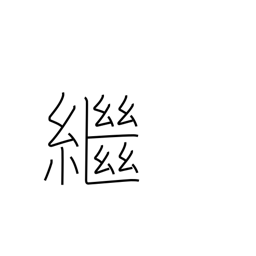
Meaning: inherit